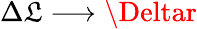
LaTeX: \Delta\mathfrak{L}\longrightarrow\Deltar